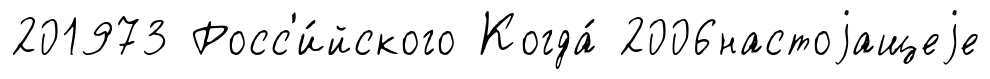
201973 Росс'и́йского Когда́ 2006настоjащеjе